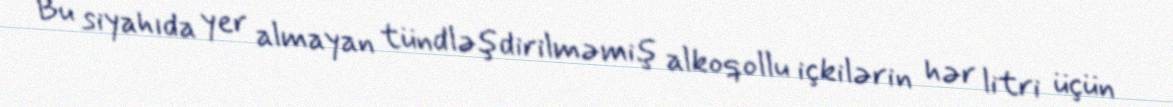
Bu siyahıda yer almayan tündləşdirilməmiş alkoqollu içkilərin hər litri üçün